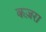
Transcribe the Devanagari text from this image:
कज़रा